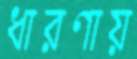
ধারণায়